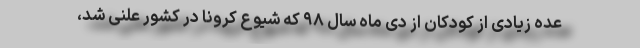
عده زیادی از کودکان از دی ماه سال ۹۸ که شیوع کرونا در کشور علنی شد،